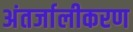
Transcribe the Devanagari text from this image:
अंतर्जालीकरण